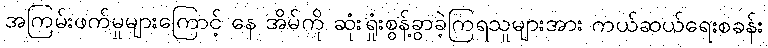
အကြမ်းဖက်မှုများကြောင့် နေ အိမ်ကို ဆုံးရှုံးစွန့်ခွာခဲ့ကြရသူများအား ကယ်ဆယ်ရေးစခန်း